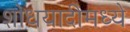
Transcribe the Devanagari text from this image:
शोधयादीमध्ये